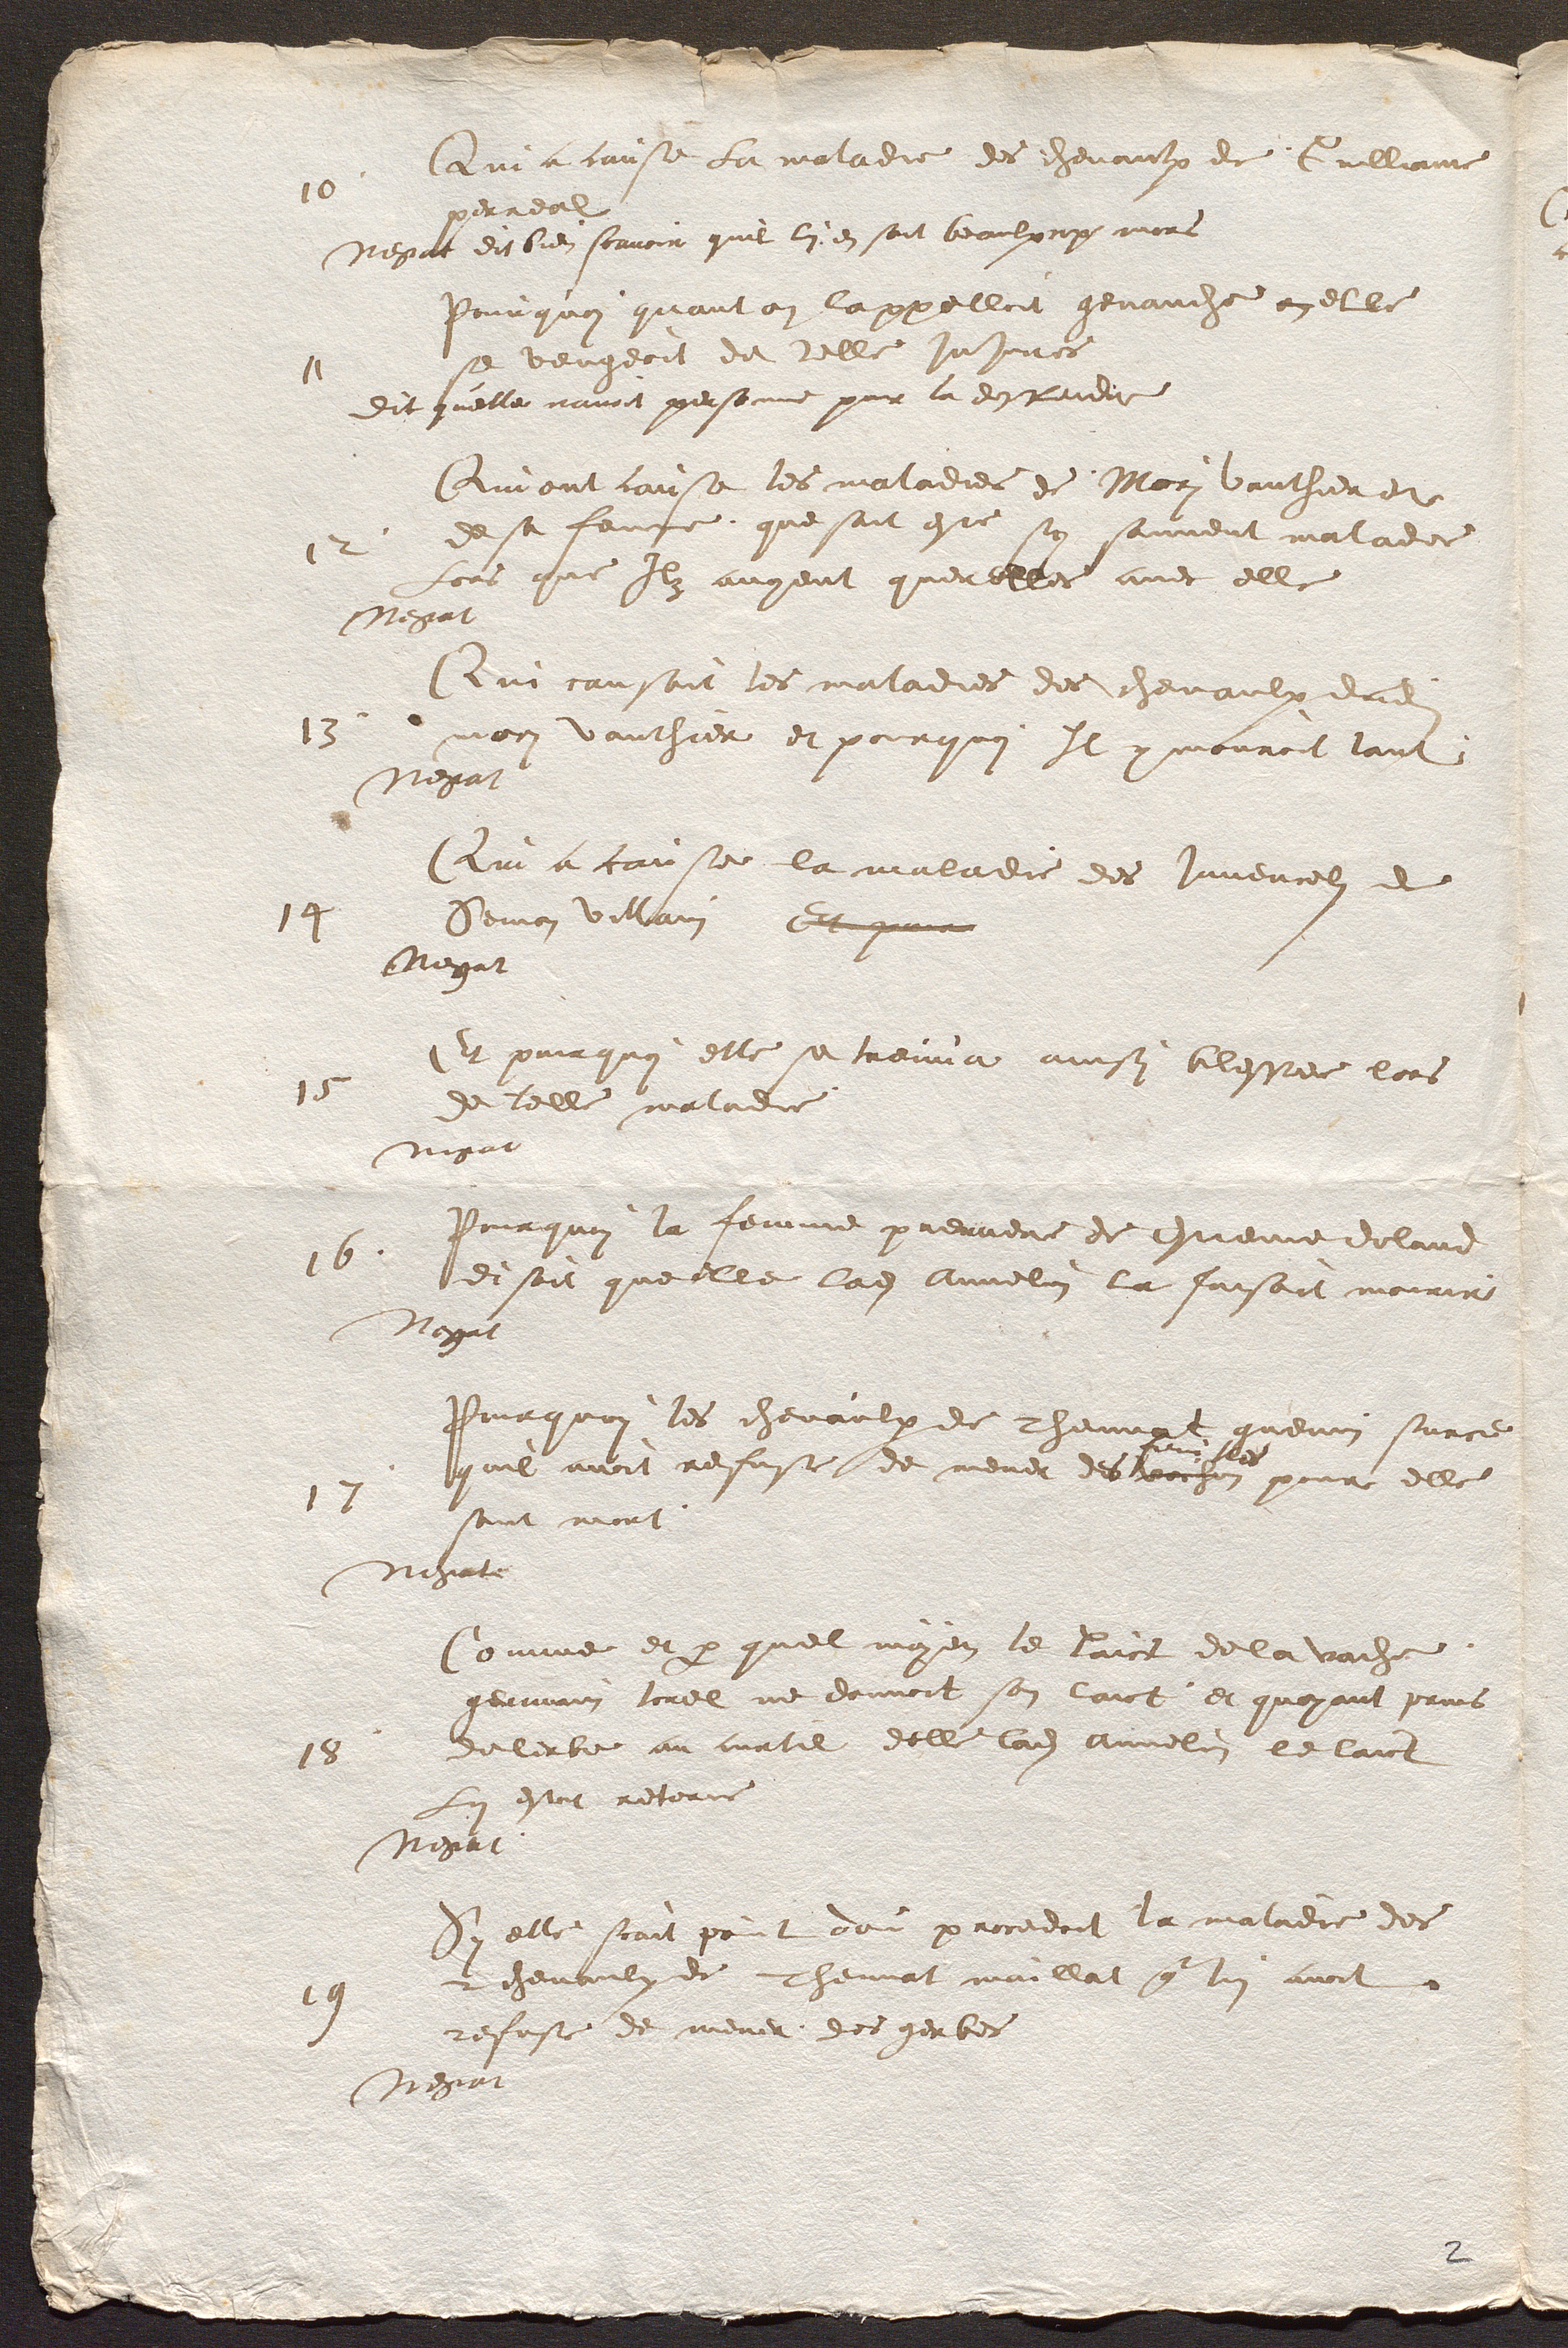
Qui a cause La maladie des chevaulx de Guilliame
10
perreal
Negat dit bien scavoir quil lui en soit beaulxcoup mors
Pourquoi quant on lappelloit genauche en elle
se vengeoit de telle injures
11
dit quelle navoit personne pour la deffendre
Qui ont causé les maladies de Mori Vauthier et
de sa femme que sont este sy souvent malades
12
Lors que Ilz avoient querelles avec elle
Negat
Qui causoit les maladies des chevaulx dudit
13
mori vauthier et pourquoi Il y mouroit tant
Negat
Qui a cause la maladie des juvencels de
Semon villain Et pour
14
Negat
Et pourquoi elle se treuva ainsy blessee lors
15
de telle maladie
Negat
Pourquoi la femme premiere de Estienne doland
16
disoit que elle ladite Annelin la faisoit mourir
Negat
Pourquoi les chevaulx de Thevnat guenin surce
 feuille
quil avoit refuse de mener des voihon pour elle
17
sont mort
Negat
Comme et par quel moyen le laict de la vache
germain torel ne donnoit son laict, et quayant prins
delerbe au curtil delle ladite Annelin le laict
18
Lui estoit retorne
Negat
Sy elle scait point dou procedoit la maladie des
chevaulx de Thevna maillat qui lui avoit
19
refuse de mener, des gerbes
Negat